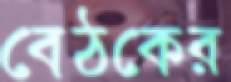
বেঠকের